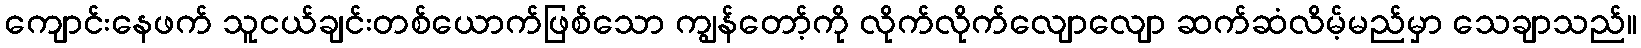
ကျောင်းနေဖက် သူငယ်ချင်းတစ်ယောက်ဖြစ်သော ကျွန်တော့်ကို လိုက်လိုက်လျောလျော ဆက်ဆံလိမ့်မည်မှာ သေချာသည်။